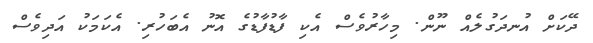
ދޭކަށް އުނދަގުލެއް ނޫން. މިހާރުވެސް އެކި ފާޑުފާޑުގެ އޮނު އެބަހުރި. އެކަމަކު އަދިވެސް